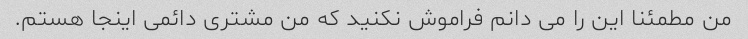
من مطمئنا این را می دانم فراموش نکنید که من مشتری دائمی اینجا هستم.